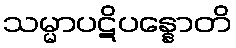
သမ္မာပဋိပန္နောတိ